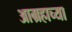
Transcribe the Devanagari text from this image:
आग्रहाच्या